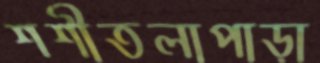
শশীতলাপাড়া